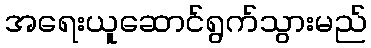
အရေးယူဆောင်ရွက်သွားမည်